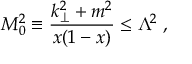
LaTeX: M _ { 0 } ^ { 2 } \equiv \frac { k _ { \perp } ^ { 2 } + m ^ { 2 } } { x ( 1 - x ) } \le \Lambda ^ { 2 } \; ,